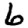
Digit: 6